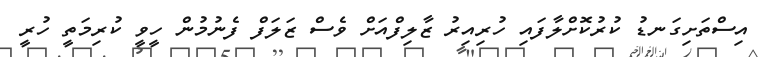
އިސްތަށިގަނޑު ކުރުކޮށްލާފައި ހުރިއިރު ޒާލިފްއަށް ވެސް ޒަލަފް ފެނުމުން ހީވީ ކުރިމަތީ ހުރީ